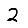
Digit: 2